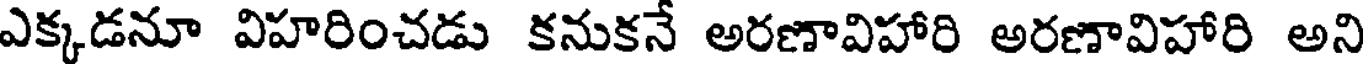
ఎక్కడనూ విహరించడు కనుకనే అరణావిహారి అరణావిహారి అని